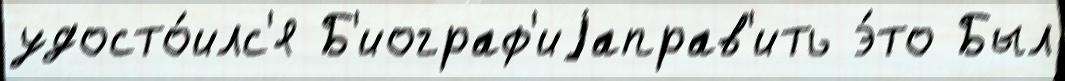
удосто́илс'я Б'иограф'иjаправ'ить э́то Был